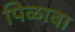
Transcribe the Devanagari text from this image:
पिळावा